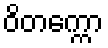
ဝိတက္ကော